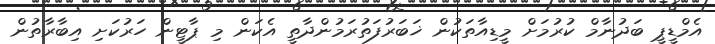
އެމްޑީޕީ ބަދުނާމް ކުރުމަށް މީޑިއާތަކުން ޚަބަރުފަތުރަމުންދާތީ އެކަން މި ޕާޓީން ހަރުކަށި އިބާރާތުން